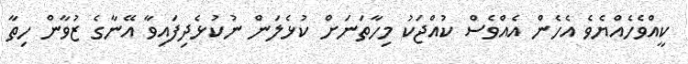
ކީއްވެހެއްޔެވެ އެހެން އެއްވެސް ކުއްޖަކު މިހާތަނަށް ކުޅެލަން ނުކުޅެދިފައިވާ އޭނާގެ ޒުވާން ހިތާ